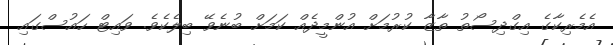
އެމެރިކާގެ އިގްދިސޯތު ތާޒާ ކުރުމަށް އުންމީދެއް ކަމަށް ބުނެވޭ ބިލެކެވެ. ވައިޓް ހައުސްގައި